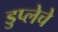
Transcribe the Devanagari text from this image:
डुप्लेचे